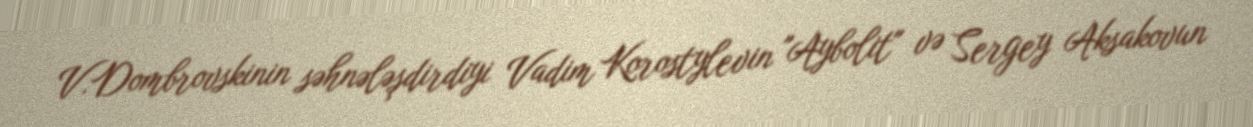
V.Dombrovskinin səhnələşdirdiyi Vadim Korostylevin "Aybolit" və Sergey Aksakovun